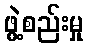
ဖွဲ့စည်းမှု